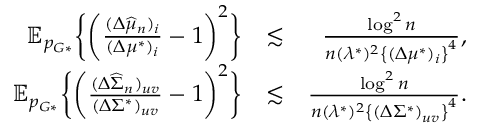
\begin{array} { r l r } { \mathbb { E } _ { p _ { G * } } \biggr \{ \biggr ( \frac { ( \Delta \widehat { \mu } _ { n } ) _ { i } } { ( \Delta \mu ^ { * } ) _ { i } } - 1 \biggr ) ^ { 2 } \biggr \} } & { \lesssim } & { \frac { \log ^ { 2 } n } { n ( \lambda ^ { * } ) ^ { 2 } \left\{ ( \Delta \mu ^ { * } ) _ { i } \right\} ^ { 4 } } , } \\ { \mathbb { E } _ { p _ { G * } } \biggr \{ \biggr ( \frac { ( \Delta \widehat { \Sigma } _ { n } ) _ { u v } } { ( \Delta \Sigma ^ { * } ) _ { u v } } - 1 \biggr ) ^ { 2 } \biggr \} } & { \lesssim } & { \frac { \log ^ { 2 } n } { n ( \lambda ^ { * } ) ^ { 2 } \left\{ ( \Delta \Sigma ^ { * } ) _ { u v } \right\} ^ { 4 } } . } \end{array}